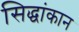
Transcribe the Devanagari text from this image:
सिद्धांकान